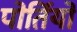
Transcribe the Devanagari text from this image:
पोर्तियो